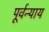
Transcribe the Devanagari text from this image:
पूर्वन्याय